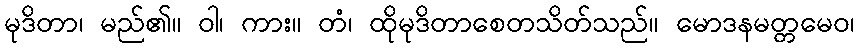
မုဒိတာ၊ မည်၏။ ဝါ၊ ကား။ တံ၊ ထိုမုဒိတာစေတသိတ်သည်။ မောဒနမတ္တမေဝ၊